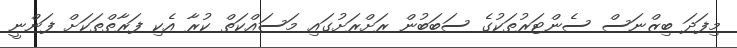
މިފަދަ ބިޒްނަސް ސެންޓަރުތަކުގެ ސަބަބުން ރަށްރަށުގައި މަސައްކަތް ކުރާ އެކި ފަރާތްތަކަށް ފަންނީ